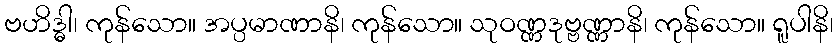
ဗဟိဒ္ဓါ၊ ကုန်သော။ အပ္ပမာဏာနိ၊ ကုန်သော။ သုဝဏ္ဏဒုဗ္ဗဏ္ဏာနိ၊ ကုန်သော။ ရူပါနိ၊